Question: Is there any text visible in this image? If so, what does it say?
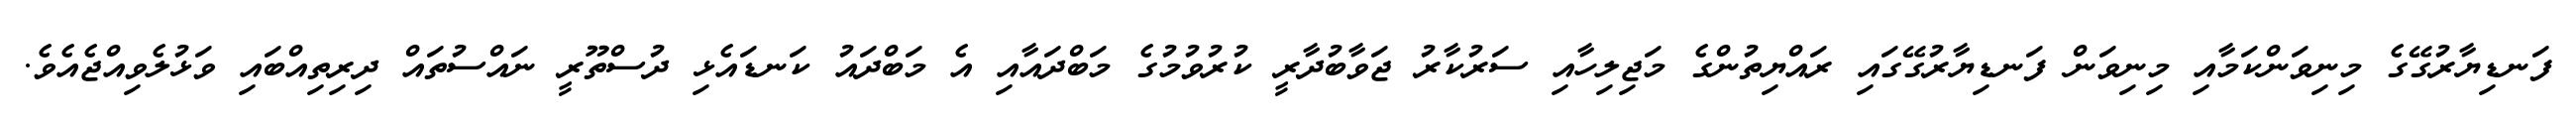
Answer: ފަނޑިޔާރުގޭގެ މިނިވަންކަމާއި މިނިވަން ފަނޑިޔާރުގޭގައި ރައްޔިތުންގެ މަޖިލިހާއި ސަރުކާރު ޖަވާބުދާރީ ކުރުވުމުގެ މަބްދައާއި އެ މަބްދައު ކަނޑައެޅި ދުސްތޫރީ ނައްސުތައް ދިރިތިއްބައި ވަޅުލެވިއްޖެއެވެ.